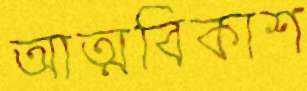
আত্মবিকাশ